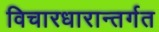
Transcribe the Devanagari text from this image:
विचारधारान्तर्गत